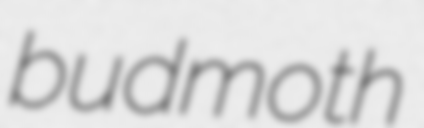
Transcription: budmoth